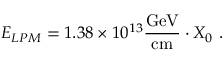
E _ { L P M } = 1 . 3 8 \times 1 0 ^ { 1 3 } \mathrm { \frac { G e V } { c m } } \cdot X _ { 0 } \ .